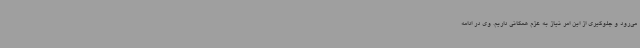
می‌رود و جلوگیری از این امر نیاز به عزم همگانی داریم. وی در ادامه